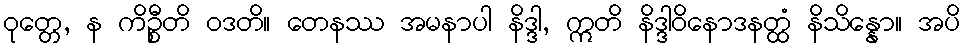
ဝုတ္တေ, န ကိဉ္စီတိ ဝဒတိ။ တေနဿ အမနာပါ နိဒ္ဒါ, ဣတိ နိဒ္ဒါဝိနောဒနတ္ထံ နိသိန္နော။ အပိ